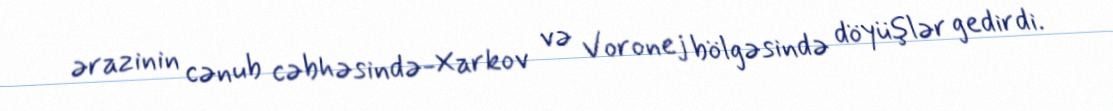
ərazinin cənub cəbhəsində-Xarkov və Voronej bölgəsində döyüşlər gedirdi.